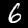
Label: 6